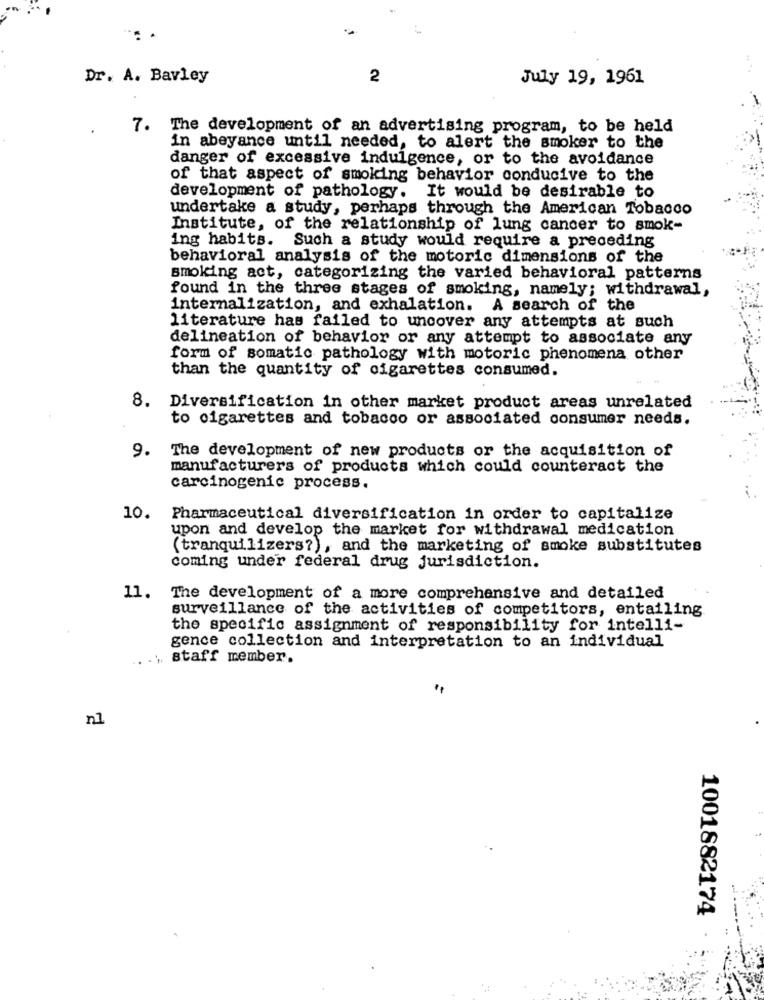
Dr. A. Bavley
2
July 19, 1961
7. The development of an advertising program, to be held
in abeyance until needed, to alert the smoker to the
danger of excessive indulgence, or to the avoidance
of that aspect of smoking behavior conducive to the
development of pathology. It would be desirable to
undertake a study, perhaps through the American Tobacco
Institute, of the relationship of lung cancer to smok-
ing habits. Such a study would require a preceding
behavioral analysis of the motoric dimensions of the
smoking act, categorizing the varied behavioral patterns
found in the three stages of smoking, namely; withdrawal,
internalization, and exhalation. A search of the
literature has failed to uncover any attempts at such
delineation of behavior or any attempt to associate any
form of somatic pathology with motoric phenomena other
than the quantity of cigarettes consumed.
8.
Diversification in other market product areas unrelated
to cigarettes and tobacco or associated consumer needs.
9.
The development of new products or the acquisition of
manufacturers of products which could counteract the
carcinogenic process.
10.
Pharmaceutical diversification in order to capitalize
upon and develop the market for withdrawal medication
(tranquilizers?), and the marketing of smoke substitutes
coming under federal drug jurisdiction.
11. The development of a more comprehensive and detailed
surveillance of the activities of competitors, entailing
the specific assignment of responsibility for intelli-
gence collection and interpretation to an individual
staff member.
nl
1001882174